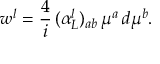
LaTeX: w ^ { l } = \frac { 4 } { i } \, ( \alpha _ { L } ^ { l } ) _ { a b } \, \mu ^ { a } \, d \mu ^ { b } .